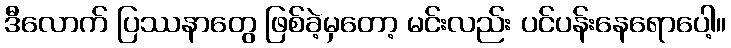
ဒီလောက် ပြဿနာတွေ ဖြစ်ခဲ့မှတော့ မင်းလည်း ပင်ပန်းနေရောပေါ့။